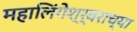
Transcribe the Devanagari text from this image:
महालिंगेश्र्वराच्या